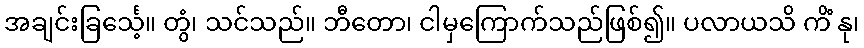
အချင်းခြင်္သေ့။ တွံ၊ သင်သည်။ ဘီတော၊ ငါမှကြောက်သည်ဖြစ်၍။ ပလာယသိ ကိံ နု၊